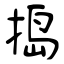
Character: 捣